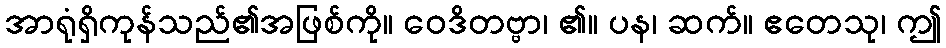
အာရုံရှိကုန်သည်၏အဖြစ်ကို။ ဝေဒိတဗ္ဗာ၊ ၏။ ပန၊ ဆက်။ ဧတေသု၊ ဤ